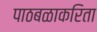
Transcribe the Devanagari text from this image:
पाठबळाकरिता